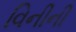
વિનીની